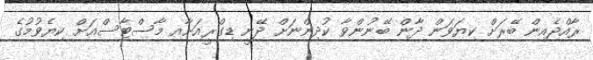
ރާއްޖެއިން ބޭރަށް ކިޔަވަން ދާން ބޭނުންވާ ކުދިންނަށް ދޭނީ ޑިގްރީއަށާއި މާސްޓާސްއަށް ކިޔެވުމުގެ